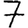
Digit: 7